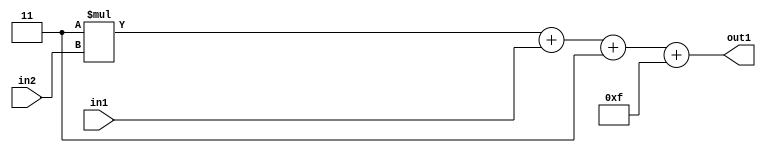
`timescale 1ps / 1ps
/*****************************************************************************
    Verilog RTL Description
    
    
    Created by: Stratus DpOpt 21.05.01 
*******************************************************************************/

module SobelFilter_Add2i15Add3i3u2Mul2i3u2_1 (
	in2,
	in1,
	out1
	); /* architecture "behavioural" */ 
input [1:0] in2,
	in1;
output [5:0] out1;
wire [5:0] asc001;
wire [4:0] asc003;

wire [4:0] asc003_tmp_0;
wire [4:0] asc003_tmp_1;
assign asc003_tmp_1 = 
	+(5'B00011 * in2);
assign asc003_tmp_0 = asc003_tmp_1
	+(in1);
assign asc003 = asc003_tmp_0
	+(5'B00011);

assign asc001 = 
	+(asc003)
	+(6'B001111);

assign out1 = asc001;
endmodule

/* CADENCE  v7XwSws= : u9/ySxbfrwZIxEzHVQQV8Q== ** DO NOT EDIT THIS LINE ******/